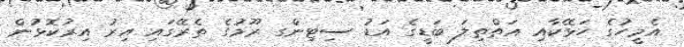
އެމީހުގެ ހަޅޭކާއި އަތްތިލަ ބަޑީގެ އަޑު ސިޓިންގ ރޫމުގެ ތެރޭގައި އިރު އިރުކޮޅުން